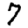
Digit: 7